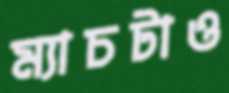
ম্যাচটাও